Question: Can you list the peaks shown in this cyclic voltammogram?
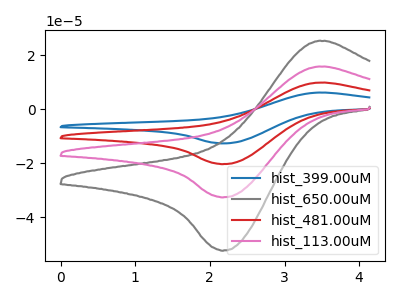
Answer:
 <answer>The blue curve "hist_399.00uM" has an anodic peak at (3.45V, 47.10uA) and a cathodic peak at (2.20V, -98.00uA). The gray curve "hist_650.00uM" has an anodic peak at (3.45V, 25.15uA) and a cathodic peak at (2.20V, -52.40uA). The red curve "hist_481.00uM" has an anodic peak at (3.45V, 31.40uA) and a cathodic peak at (2.20V, -65.30uA). The pink curve "hist_113.00uM" has an anodic peak at (3.45V, 15.70uA) and a cathodic peak at (2.20V, -32.65uA).</answer>
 <eval></eval>